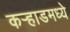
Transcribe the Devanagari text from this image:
कर्‍हाडमध्ये